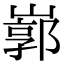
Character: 𡻙